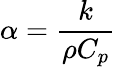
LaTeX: \alpha={\frac{k}{\rho C_{p}}}